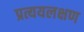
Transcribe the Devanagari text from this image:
प्रत्ययलक्षण